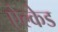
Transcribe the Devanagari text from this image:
ऐल्केड